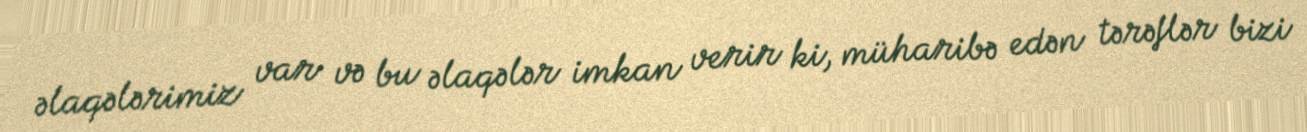
əlaqələrimiz var və bu əlaqələr imkan verir ki, müharibə edən tərəflər bizi